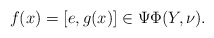
\begin{align*}f(x)=[e,g(x)]\in \Psi\Phi(Y,\nu).\end{align*}